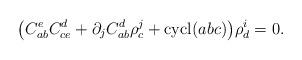
LaTeX: \begin{align*}\big(C_{ab}^e C_{ce}^d + \partial_j C_{ab}^d \rho_c^j + \operatorname{cycl}(abc) \big) {\rho^i_d} =0 .\end{align*}